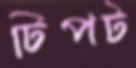
টিপট